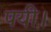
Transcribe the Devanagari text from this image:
पयी।